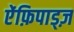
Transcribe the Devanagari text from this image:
ऐंफ़िपाड्ज़